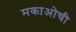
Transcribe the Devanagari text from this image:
मकाओची